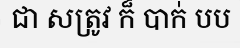
ជា សត្រូវ ក៏ បាក់ បប